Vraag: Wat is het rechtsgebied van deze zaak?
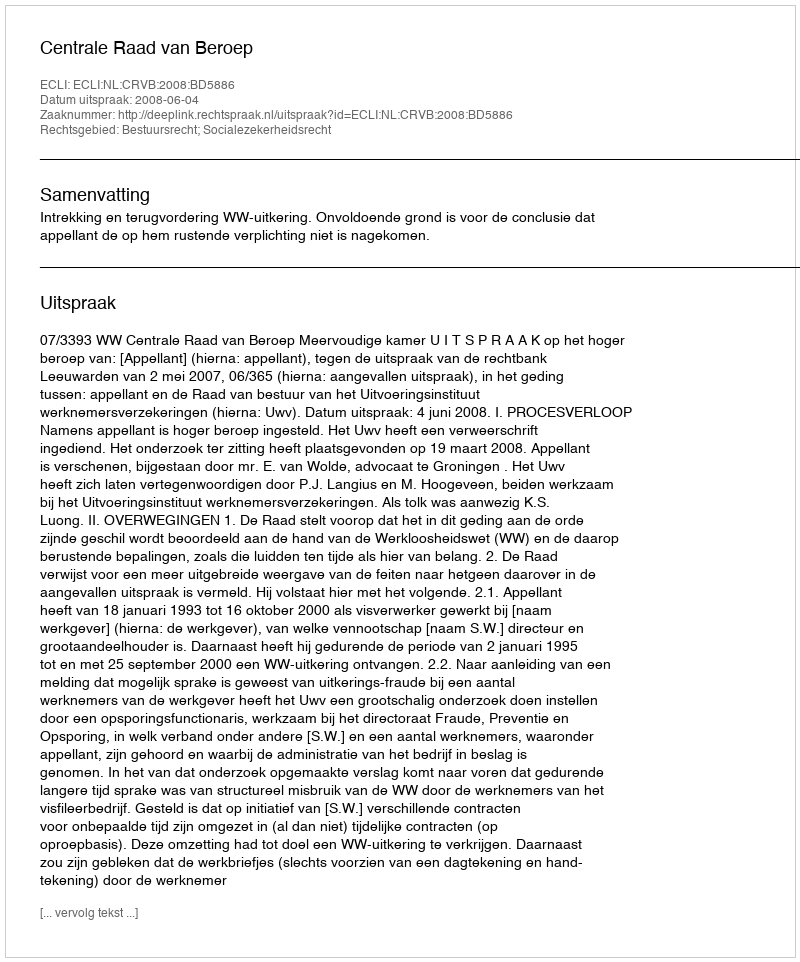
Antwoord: Bestuursrecht; Socialezekerheidsrecht